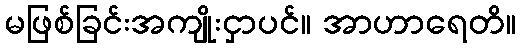
မဖြစ်ခြင်းအကျိုးငှာပင်။ အာဟာရေတိ။